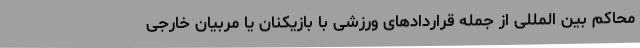
محاکم بین المللی از جمله قراردادهای ورزشی با بازیکنان یا مربیان خارجی